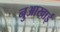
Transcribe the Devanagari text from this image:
नुआखाई